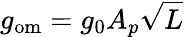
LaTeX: g_{\mathrm{om}}=g_{0}A_{p}\sqrt{L}